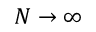
N \rightarrow \infty